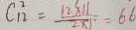
C _ { 1 2 } ^ { 2 } = \frac { 1 2 \times 1 1 } { 2 \times 1 } = 6 6